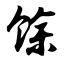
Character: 馀